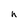
Character: h